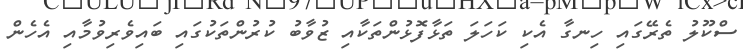
ސްކޫލު ތެރޭގައި ހިނގާ އެކި ކަހަލަ ތަޅާފޮޅުންތަކާއި ޒުވާބު ކުރުންތަކުގައި ބައިވެރިވުމާއި އެހެން